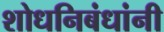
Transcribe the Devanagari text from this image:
शोधनिबंधांनी